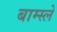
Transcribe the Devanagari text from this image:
बाम्स्ले